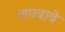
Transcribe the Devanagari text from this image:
लपवावे